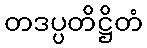
တဒပ္ပတိဋ္ဌိတံ